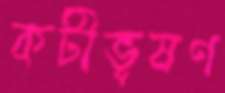
কটীভূষণ